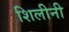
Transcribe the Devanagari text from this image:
शिलीनी